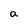
Character: a